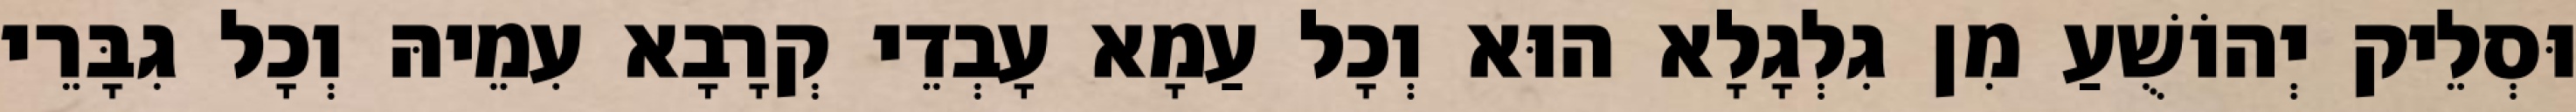
וּסְלֵיק יְהוֹשֻׁעַ מִן גִלְגָלָא הוּא וְכָל עַמָא עָבְדֵי קְרָבָא עִמֵיהּ וְכָל גִבָּרֵי